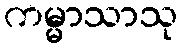
ကမ္မာသာသု